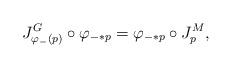
LaTeX: \begin{align*}J^G_{\varphi_-(p)} \circ \varphi_{-*p} = \varphi_{-*p} \circ J^{M}_p,\end{align*}